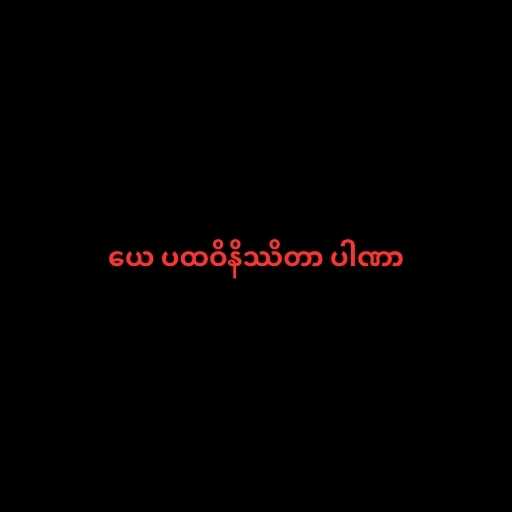
ယေ ပထဝိနိဿိတာ ပါဏာ